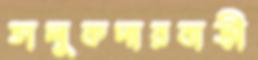
তালুকদারবাড়ী